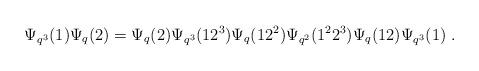
LaTeX: \begin{align*}\Psi_{q^3}(1) \Psi_q(2) =\Psi_{q}(2) \Psi_{q^3}(12^3) \Psi_q(1 2^2) \Psi_{q^2}(1^2 2^3) \Psi_q(12) \Psi_{q^3}(1) \;.\end{align*}